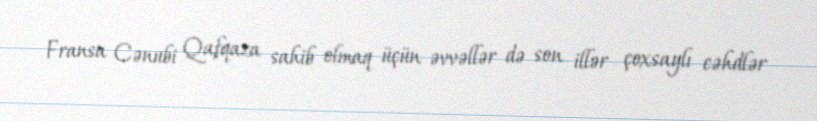
Fransa Cənubi Qafqaza sahib olmaq üçün əvvəllər də son illər çoxsaylı cəhdlər